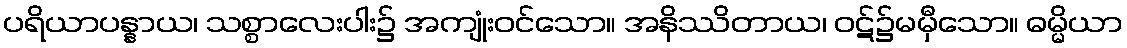
ပရိယာပန္နာယ၊ သစ္စာလေးပါး၌ အကျုံးဝင်သော။ အနိဿိတာယ၊ ဝဋ်၌မမှီသော။ ဓမ္မိယာ